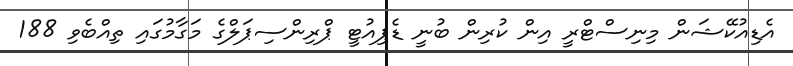
އެޑިއުކޭޝަން މިނިސްޓްރީ އިން ކުރިން ބުނީ ޑެޕިއުޓީ ޕްރިންސިޕަލްގެ މަގާމުގައި ތިއްބެވި 188